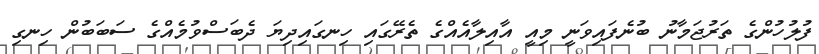
ފުލުހުންގެ ތަރުޖަމާނު ބުނެފައިވަނީ މިއީ އާއިލާއެއްގެ ތެރޭގައި ހިނގައިދިޔަ ދެބަސްވުމެއްގެ ސަބަބުން ހިނގި